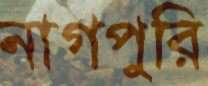
নাগপুরি